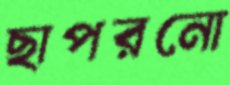
ছাপরনো